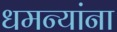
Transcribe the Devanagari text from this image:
धमन्यांना